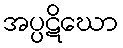
အပ္ပဋိဃော